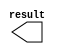
// megafunction wizard: %LPM_CONSTANT%VBB%
// GENERATION: STANDARD
// VERSION: WM1.0
// MODULE: LPM_CONSTANT 

// ============================================================
// Megafunction Name(s):
// 			LPM_CONSTANT
//
// Simulation Library Files(s):
// 			
// ============================================================
// ************************************************************
// THIS IS A WIZARD-GENERATED FILE. DO NOT EDIT THIS FILE!
//
// 20.1.0 Build 711 06/05/2020 SJ Lite Edition
// ************************************************************

//Copyright (C) 2020  Intel Corporation. All rights reserved.
//Your use of Intel Corporation's design tools, logic functions 
//and other software and tools, and any partner logic 
//functions, and any output files from any of the foregoing 
//(including device programming or simulation files), and any 
//associated documentation or information are expressly subject 
//to the terms and conditions of the Intel Program License 
//Subscription Agreement, the Intel Quartus Prime License Agreement,
//the Intel FPGA IP License Agreement, or other applicable license
//agreement, including, without limitation, that your use is for
//the sole purpose of programming logic devices manufactured by
//Intel and sold by Intel or its authorized distributors.  Please
//refer to the applicable agreement for further details, at
//https://fpgasoftware.intel.com/eula.

module const1 (
	result)/* synthesis synthesis_clearbox = 1 */;

	output	[31:0]  result;

endmodule

// ============================================================
// CNX file retrieval info
// ============================================================
// Retrieval info: PRIVATE: INTENDED_DEVICE_FAMILY STRING "Cyclone IV E"
// Retrieval info: PRIVATE: JTAG_ENABLED NUMERIC "0"
// Retrieval info: PRIVATE: JTAG_ID STRING "NONE"
// Retrieval info: PRIVATE: Radix NUMERIC "2"
// Retrieval info: PRIVATE: SYNTH_WRAPPER_GEN_POSTFIX STRING "1"
// Retrieval info: PRIVATE: Value NUMERIC "4294967295"
// Retrieval info: PRIVATE: nBit NUMERIC "32"
// Retrieval info: PRIVATE: new_diagram STRING "1"
// Retrieval info: LIBRARY: lpm lpm.lpm_components.all
// Retrieval info: CONSTANT: LPM_CVALUE NUMERIC "4294967295"
// Retrieval info: CONSTANT: LPM_HINT STRING "ENABLE_RUNTIME_MOD=NO"
// Retrieval info: CONSTANT: LPM_TYPE STRING "LPM_CONSTANT"
// Retrieval info: CONSTANT: LPM_WIDTH NUMERIC "32"
// Retrieval info: USED_PORT: result 0 0 32 0 OUTPUT NODEFVAL "result[31..0]"
// Retrieval info: CONNECT: result 0 0 32 0 @result 0 0 32 0
// Retrieval info: GEN_FILE: TYPE_NORMAL const1.v TRUE
// Retrieval info: GEN_FILE: TYPE_NORMAL const1.inc FALSE
// Retrieval info: GEN_FILE: TYPE_NORMAL const1.cmp FALSE
// Retrieval info: GEN_FILE: TYPE_NORMAL const1.bsf TRUE
// Retrieval info: GEN_FILE: TYPE_NORMAL const1_inst.v FALSE
// Retrieval info: GEN_FILE: TYPE_NORMAL const1_bb.v TRUE
// Retrieval info: GEN_FILE: TYPE_NORMAL const1_syn.v TRUE